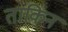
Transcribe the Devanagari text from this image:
ताकिन